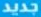
جديد